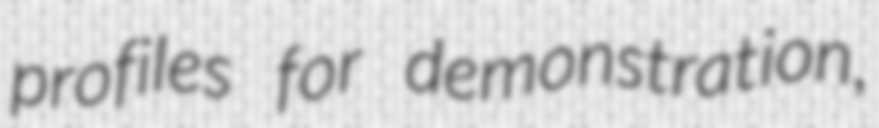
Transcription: profiles for demonstration,